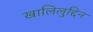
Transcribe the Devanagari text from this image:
खालिलुद्दिन